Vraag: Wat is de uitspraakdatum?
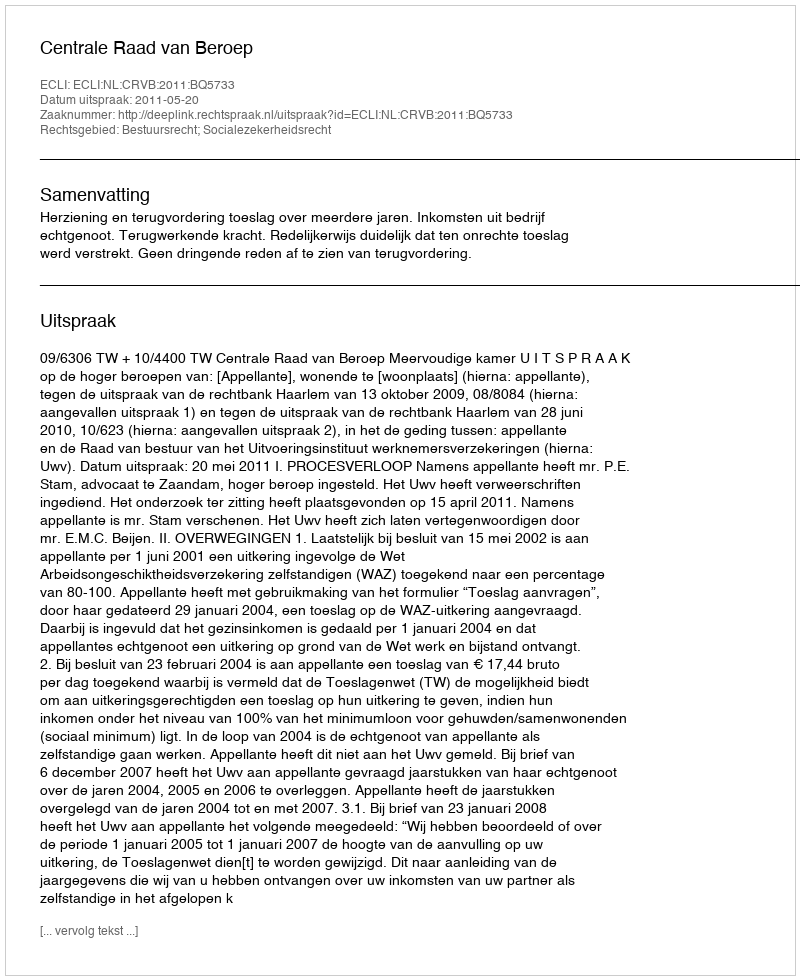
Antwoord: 2011-05-20